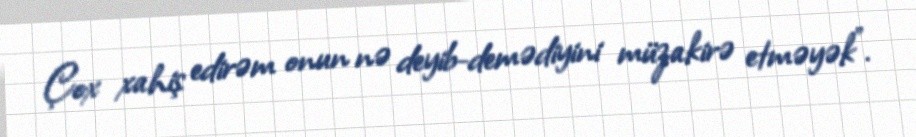
Çox xahiş edirəm onun nə deyib-demədiyini müzakirə etməyək”.